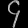
Digit: ၄